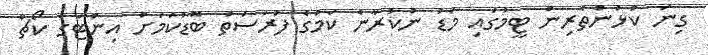
ގިނަ ކުޅުންތެރިން ޓީމުގައި މަޑު ނުކުރާނެ ކަމުގެ ފުރުސަތު ބޮޑުކަމަށް އިންޓަގެ ކޯޗް